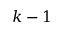
k - 1